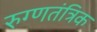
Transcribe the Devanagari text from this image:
रुग्णतंत्रिक